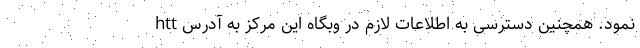
نمود. همچنین دسترسی به اطلاعات لازم در وبگاه این مرکز به آدرس htt